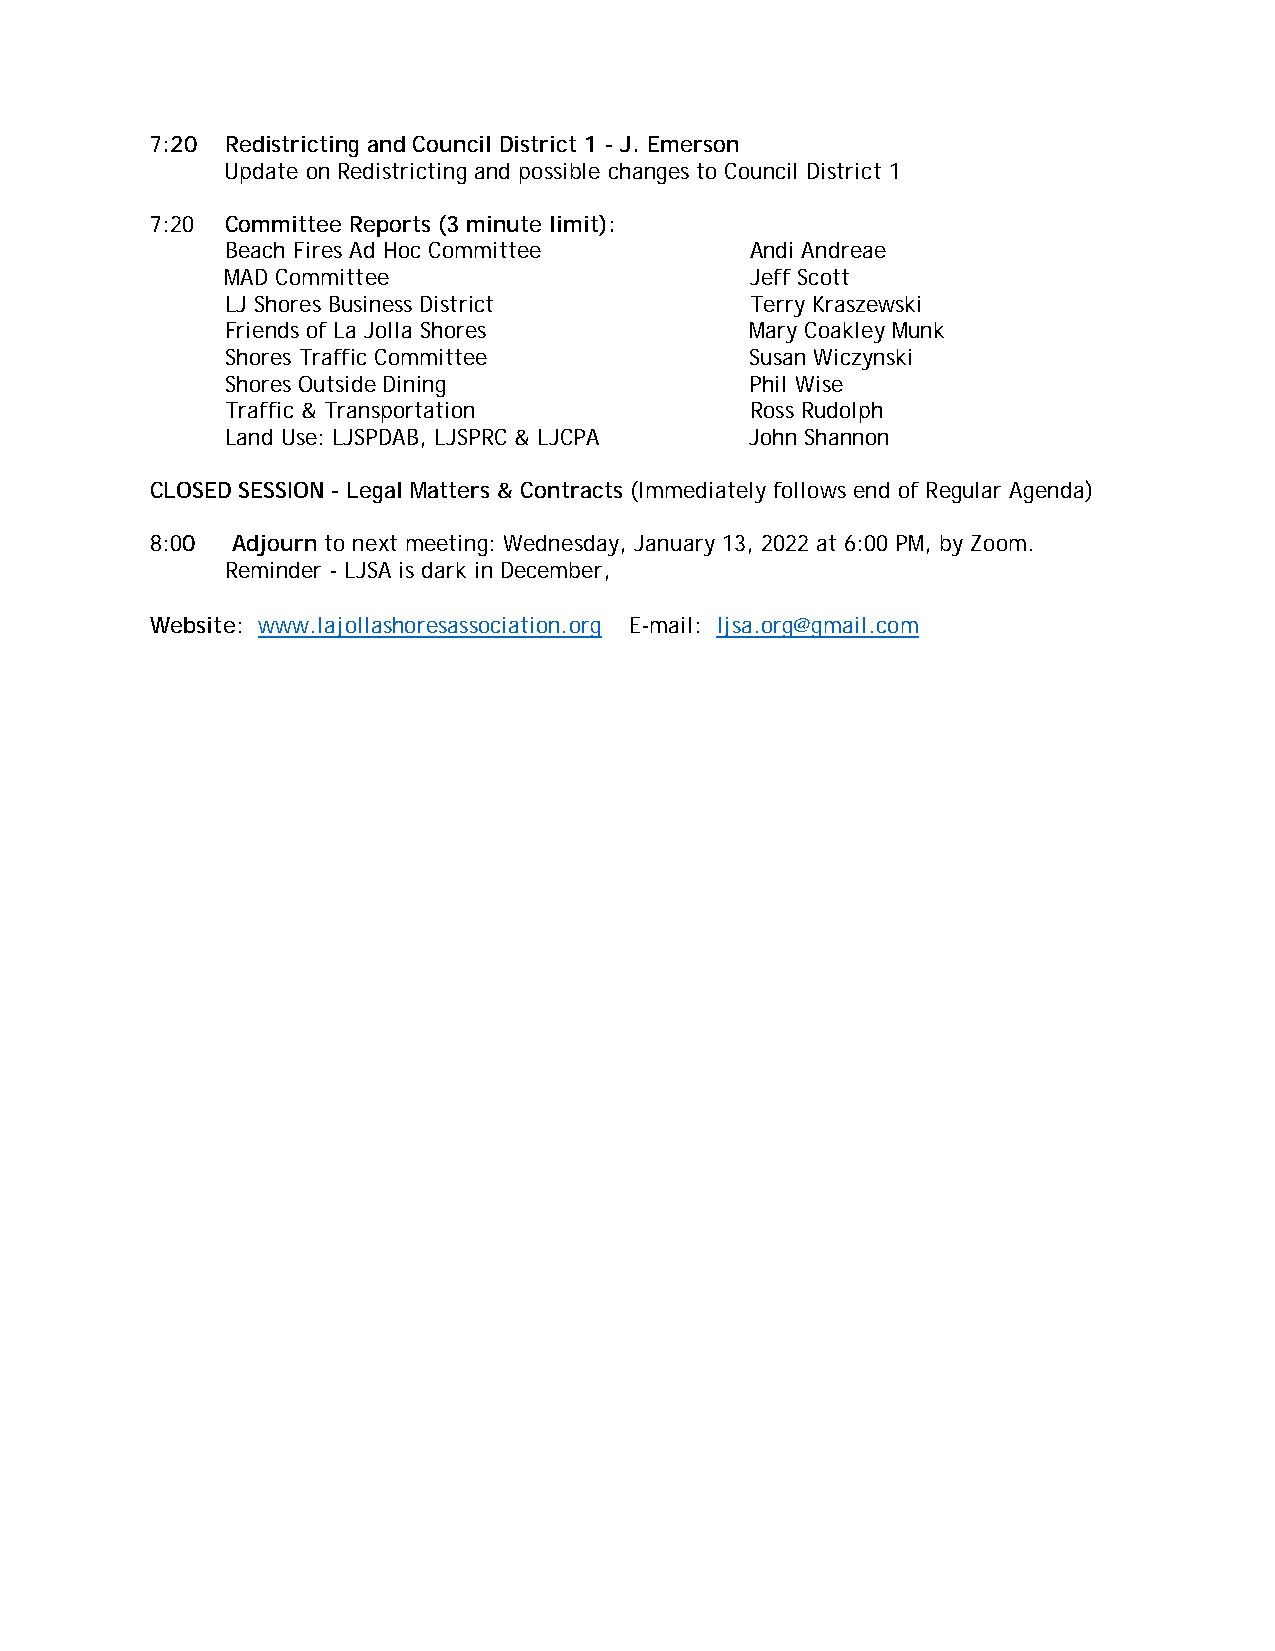
7:20 Redistricting and Council District 1 - J. Emerson
 Update on Redistricting and possible changes to Council District 1
 7:20 Committee Reports (3 minute limit):
 Beach Fires Ad Hoc Committee       Andi Andreae
 MAD Committee                      Jeff Scott
 LJ Shores Business District        Terry Kraszewski
 Friends of La Jolla Shores         Mary Coakley Munk
 Shores Traffic Committee           Susan Wiczynski
 Shores Outside Dining              Phil Wise
 Traffic & Transportation           Ross Rudolph
 Land Use: LJSPDAB, LJSPRC & LJCPA  John Shannon
 CLOSED SESSION - Legal Matters & Contracts (Immediately follows end of Regular Agenda)
 8:00 Adjourn to next meeting: Wednesday, January 13, 2022 at 6:00 PM, by Zoom.
 Reminder - LJSA is dark in December,
 Website: www.lajollashoresassociation.org E-mail: ljsa.org@gmail.com